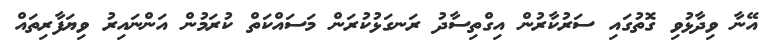
އޭނާ ވިދާޅުވި ގޮތުގައި ސަރުކާރުން އިގްތިސާދު ރަނގަޅުކުރަން މަސައްކަތް ކުރަމުން އަންނައިރު ވިޔަފާރިތައް